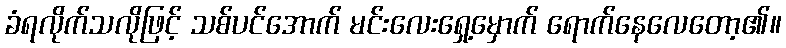
ခံရလိုက်သလိုဖြင့် သစ်ပင်အောက် မင်းလေးရှေ့မှောက် ရောက်နေလေတော့၏။